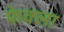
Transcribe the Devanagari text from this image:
फेक्ला